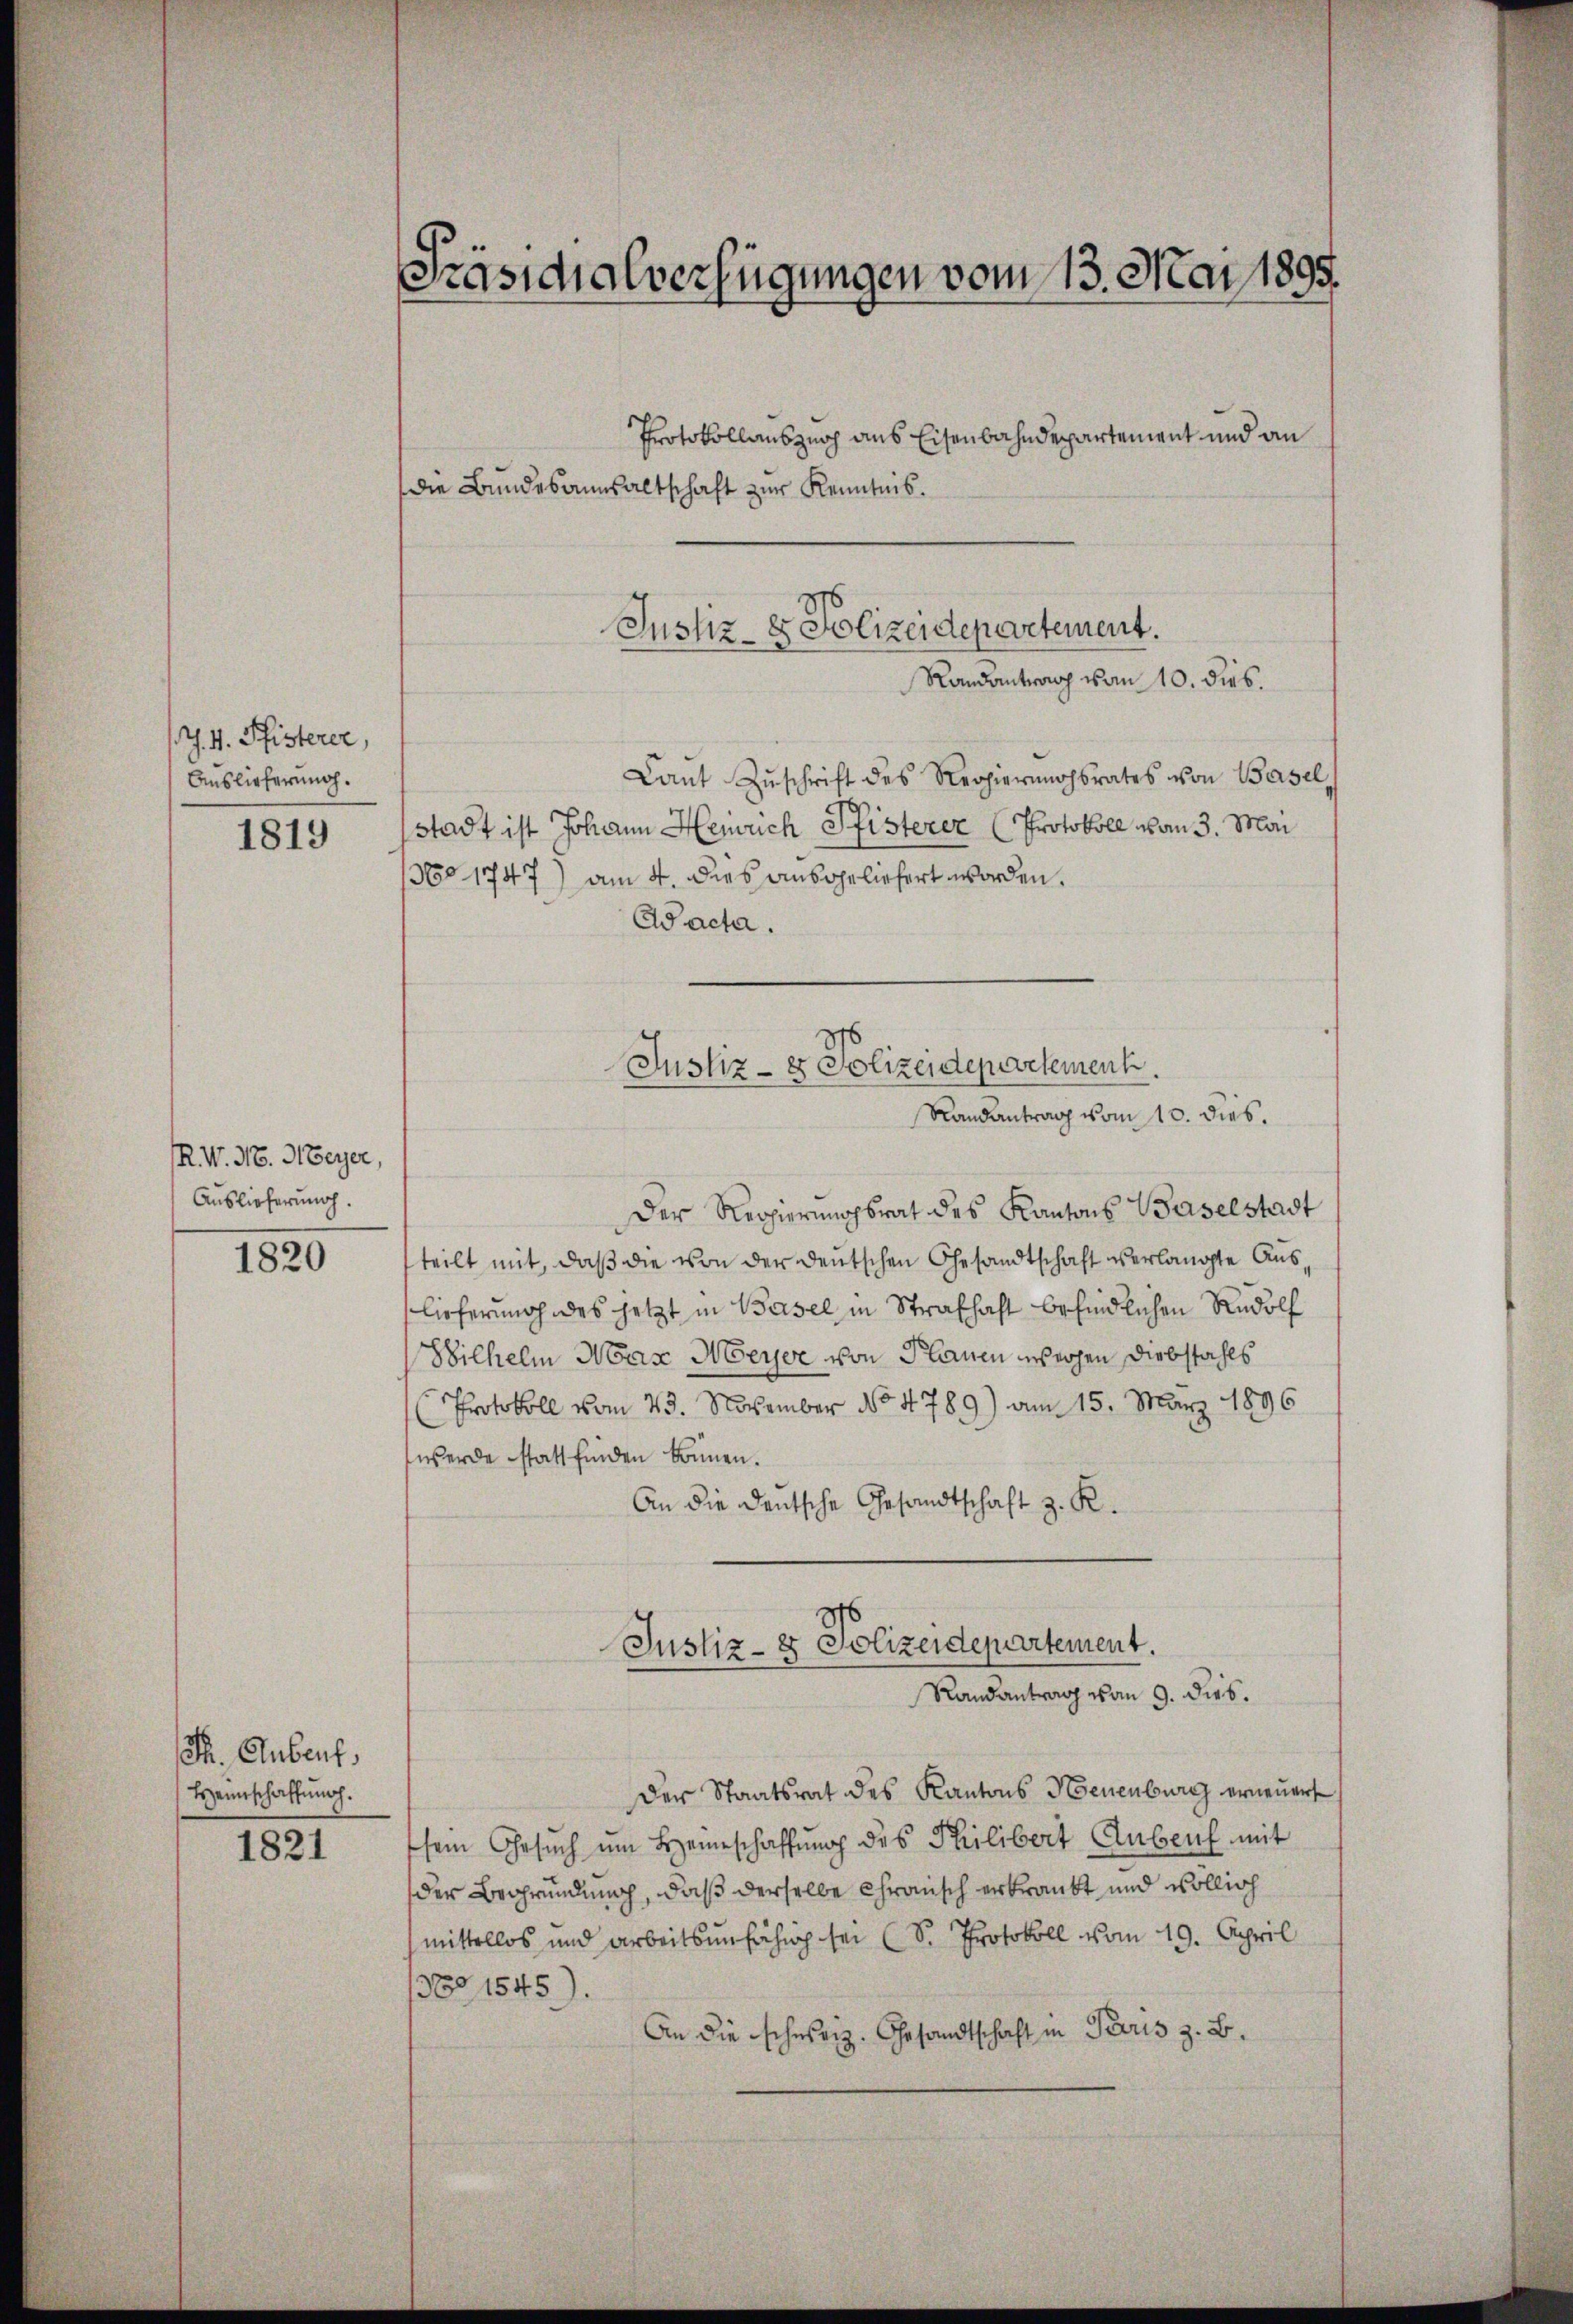
J. V. Pfisterer,
Auslieferung.

1819

RW. N. Meyer,
Auslieferung.

1820

Ph. Anbeut
Hzeinschaffung.

1821

Präsidialverfügungen vom 13. Mai 1899.

Protokollauszug aus Eisenbahndepartement und an
die Bundesannsaltschaft zur Kenntnis.

Justiz- & Polizeidepartement.
Randantrag vom 10. dies.

Justiz- & Polizeidepartement.
Randantrag vom 10. dies.

Laŭt Zŭschrift des Regierungsrates von Basel,
Stadt ist Johann Heinrich Pfisterer Protokoll von 3. Mai
6o 1747) am 4. dies ausgeliefert worden.
Aacta.
Der Regierŭngsrat des Kantons Baselstadt
teilt mit, daß die von der deutschen Gesandtschaft verlangte Auslieferung des jetzt in Basel, in Strafhaft befindlichen Rudolf
Wilhelm Max Meyer von Planen wegen Diebstahls
Protokoll vom 23. November No 4789) am 15. März 1896
werde stattfinden Brunnen.
An die deutsche Gesandtschaft z. R.

Justiz- & Polizeidepartement.
Randantrag von 9. dies.

Der Staatsrat des Kantons Neuenburg erneuert
sem Gesuch um Heinschaffung des Philibert Anbei mit
der Begründung, daß derselbe Chransch erkrankt und völlich
mittellos und arbeitsunfähig sei (S. Protokoll vom 19. April
30 1545).
An die schweiz. Gesandtschaft in Paris z. B.